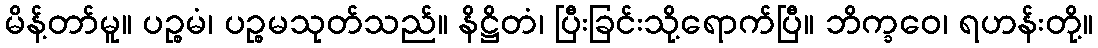
မိန့်တာ်မူ။ ပဉ္စမံ၊ ပဉ္စမသုတ်သည်။ နိဋ္ဌိတံ၊ ပြီးခြင်းသို့ရောက်ပြီ။ ဘိက္ခဝေ၊ ရဟန်းတို့။